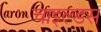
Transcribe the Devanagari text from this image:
चाइल्डस